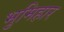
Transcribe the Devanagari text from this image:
भुमिहार